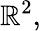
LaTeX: \mathbb{R}^{2},